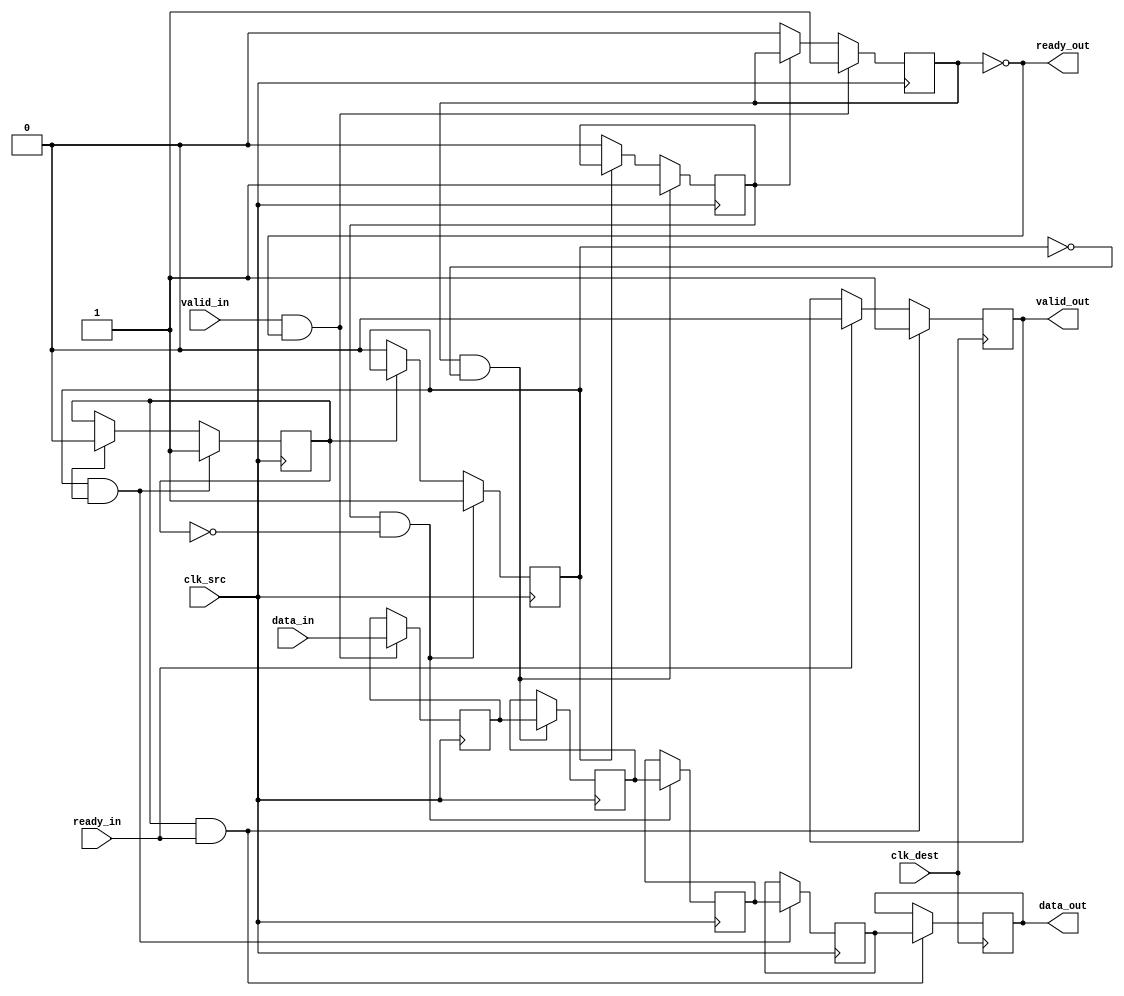
module MemoryBlocksPipelineSynchronizer #(
    parameter DATA_WIDTH = 32,    // Width of data bus
    parameter NUM_STAGES = 4,     // Number of pipeline stages
    parameter FIFO_DEPTH = 4       // Depth of FIFO for clock domain crossing
)(
    input wire clk_src,            // Source clock
    input wire clk_dest,           // Destination clock
    input wire [DATA_WIDTH-1:0] data_in, // Data input from source
    input wire valid_in,           // Valid signal from source
    output wire ready_out,         // Ready signal to source
    output wire [DATA_WIDTH-1:0] data_out, // Data output to destination
    output wire valid_out,         // Valid signal to destination
    input wire ready_in            // Ready signal from destination
);

    // Internal signals
    reg [DATA_WIDTH-1:0] buffer[NUM_STAGES-1:0]; // Data buffers for each stage
    reg valid[NUM_STAGES-1:0];                   // Valid signals for each stage
    wire ready[NUM_STAGES-1:0];                  // Ready signals for each stage

    // Handshaking logic for each stage
    genvar i;
    generate
        for (i = 0; i < NUM_STAGES; i = i + 1) begin : pipeline_stages
            if (i == 0) begin
                // First stage: directly connected to input
                always @(posedge clk_src) begin
                    if (valid_in && ready_out) begin
                        buffer[i] <= data_in;
                        valid[i] <= 1'b1;
                    end
                    else if (ready[i]) begin
                        valid[i] <= 1'b0;
                    end
                end
                assign ready_out = !valid[i]; // Ready if current stage is not valid
            end else begin
                // Intermediate stages
                always @(posedge clk_src) begin
                    if (valid[i-1] && ready[i]) begin
                        buffer[i] <= buffer[i-1];
                        valid[i] <= 1'b1;
                    end
                    else if (ready[i]) begin
                        valid[i] <= 1'b0;
                    end
                end
                assign ready[i-1] = !valid[i]; // Ready if next stage is not valid
            end
        end
    endgenerate

    // Last stage: output to destination
    always @(posedge clk_dest) begin
        if (valid[NUM_STAGES-1] && ready_in) begin
            data_out <= buffer[NUM_STAGES-1];
            valid_out <= 1'b1;
        end else if (ready_in) begin
            valid_out <= 1'b0;
        end
    end

    // FIFO implementation for clock domain crossing (optional)
    // This can be added if required for specific clock domain crossing needs

endmodule